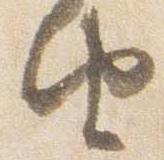
由